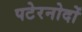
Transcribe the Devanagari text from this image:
पटेरनोदों